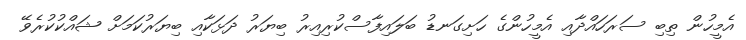
އެމީހުން ތިބި ސަރަހައްދާއި އެމީހުންގެ ހަށިގަނޑު ބަލައިފާސްކުރިއިރު ބިޔަރު ދަޅަކާއި ބިޔަރުކަމަށް ޝައްކުކުރެވޭ